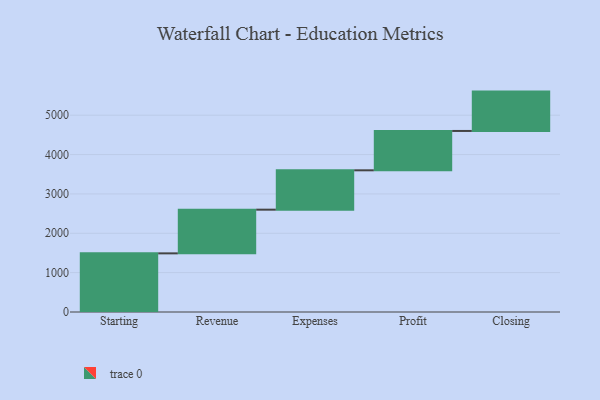
{"axis": {"x": "Step", "y": "Value"}, "legend": [""], "data": [{"x": "Starting", "y": 1490.0, "type": ""}, {"x": "Revenue", "y": 1110.0, "type": ""}, {"x": "Expenses", "y": 1000, "type": ""}, {"x": "Profit", "y": 1000, "type": ""}, {"x": "Closing", "y": 1000, "type": ""}]}